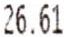
26.61